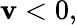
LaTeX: \mathbf{v}<0,